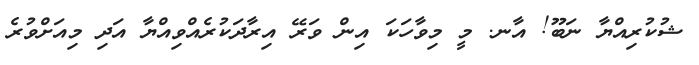
ޝުކުރިއްޔާ ނަބޫ! އާނ. މީ މިވާހަކަ އިން ވަރޭ އިރާދަކުރެއްވިއްޔާ އަދި މިއަށްވުރެ